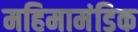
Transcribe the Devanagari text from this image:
महिमामंडिक